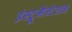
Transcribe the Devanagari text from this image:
इंस्ट्रूमैन्टेशन